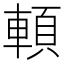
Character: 𩒷